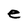
Character: e